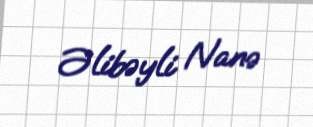
Əlibəyli Nanə